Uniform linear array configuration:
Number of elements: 4
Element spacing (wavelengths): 1
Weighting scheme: hamming
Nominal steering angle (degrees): -30
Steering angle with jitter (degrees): -31.305
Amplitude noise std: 0.05
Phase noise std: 0.05

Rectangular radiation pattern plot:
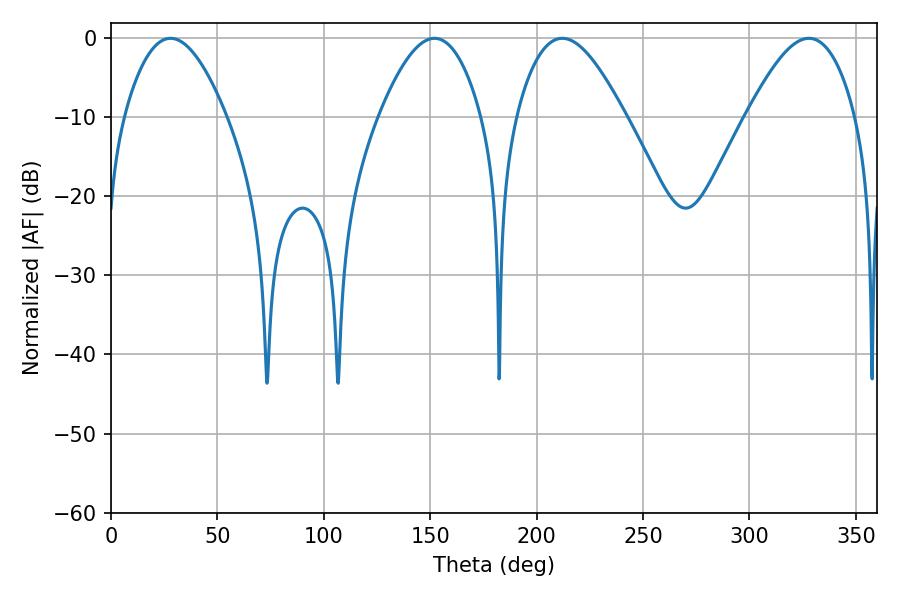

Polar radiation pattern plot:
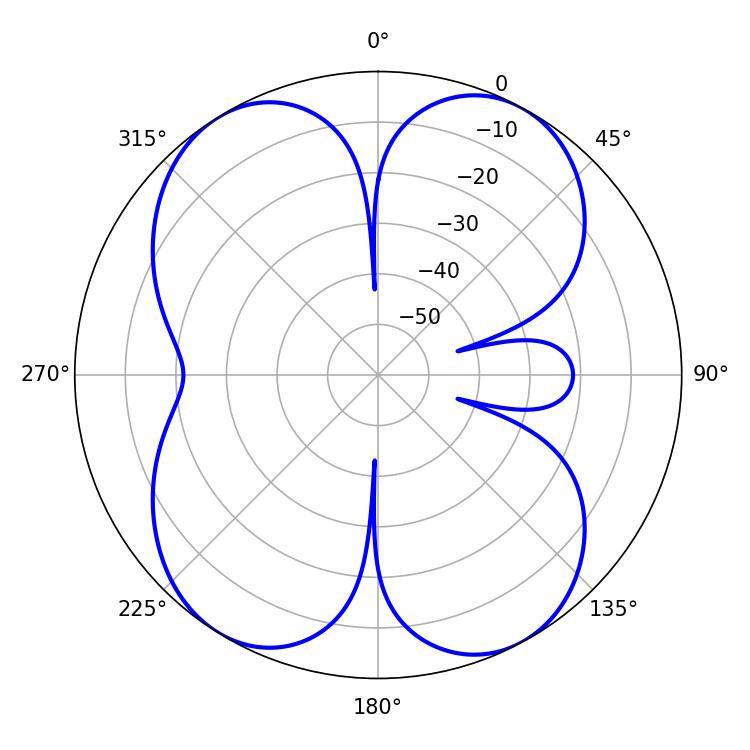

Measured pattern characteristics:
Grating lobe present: TRUE
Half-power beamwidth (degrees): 27.54
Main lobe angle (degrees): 212.04